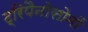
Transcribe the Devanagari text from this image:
ट्रिपैनोसोमों